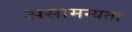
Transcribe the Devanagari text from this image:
असामन्यता